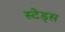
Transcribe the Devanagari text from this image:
स्टेड्स